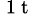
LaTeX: _\mathrm{~1~t~}